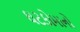
ઘટકોમાનો